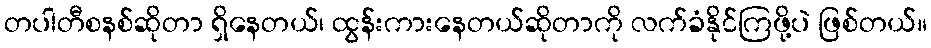
တပါတီစနစ်ဆိုတာ ရှိနေတယ်၊ ထွန်းကားနေတယ်ဆိုတာကို လက်ခံနိုင်ကြဖို့ပဲ ဖြစ်တယ်။